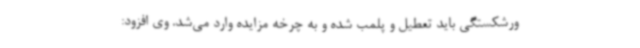
ورشکستگی باید تعطیل و پلمب شده و به چرخه مزایده وارد می‌شد. وی افزود: